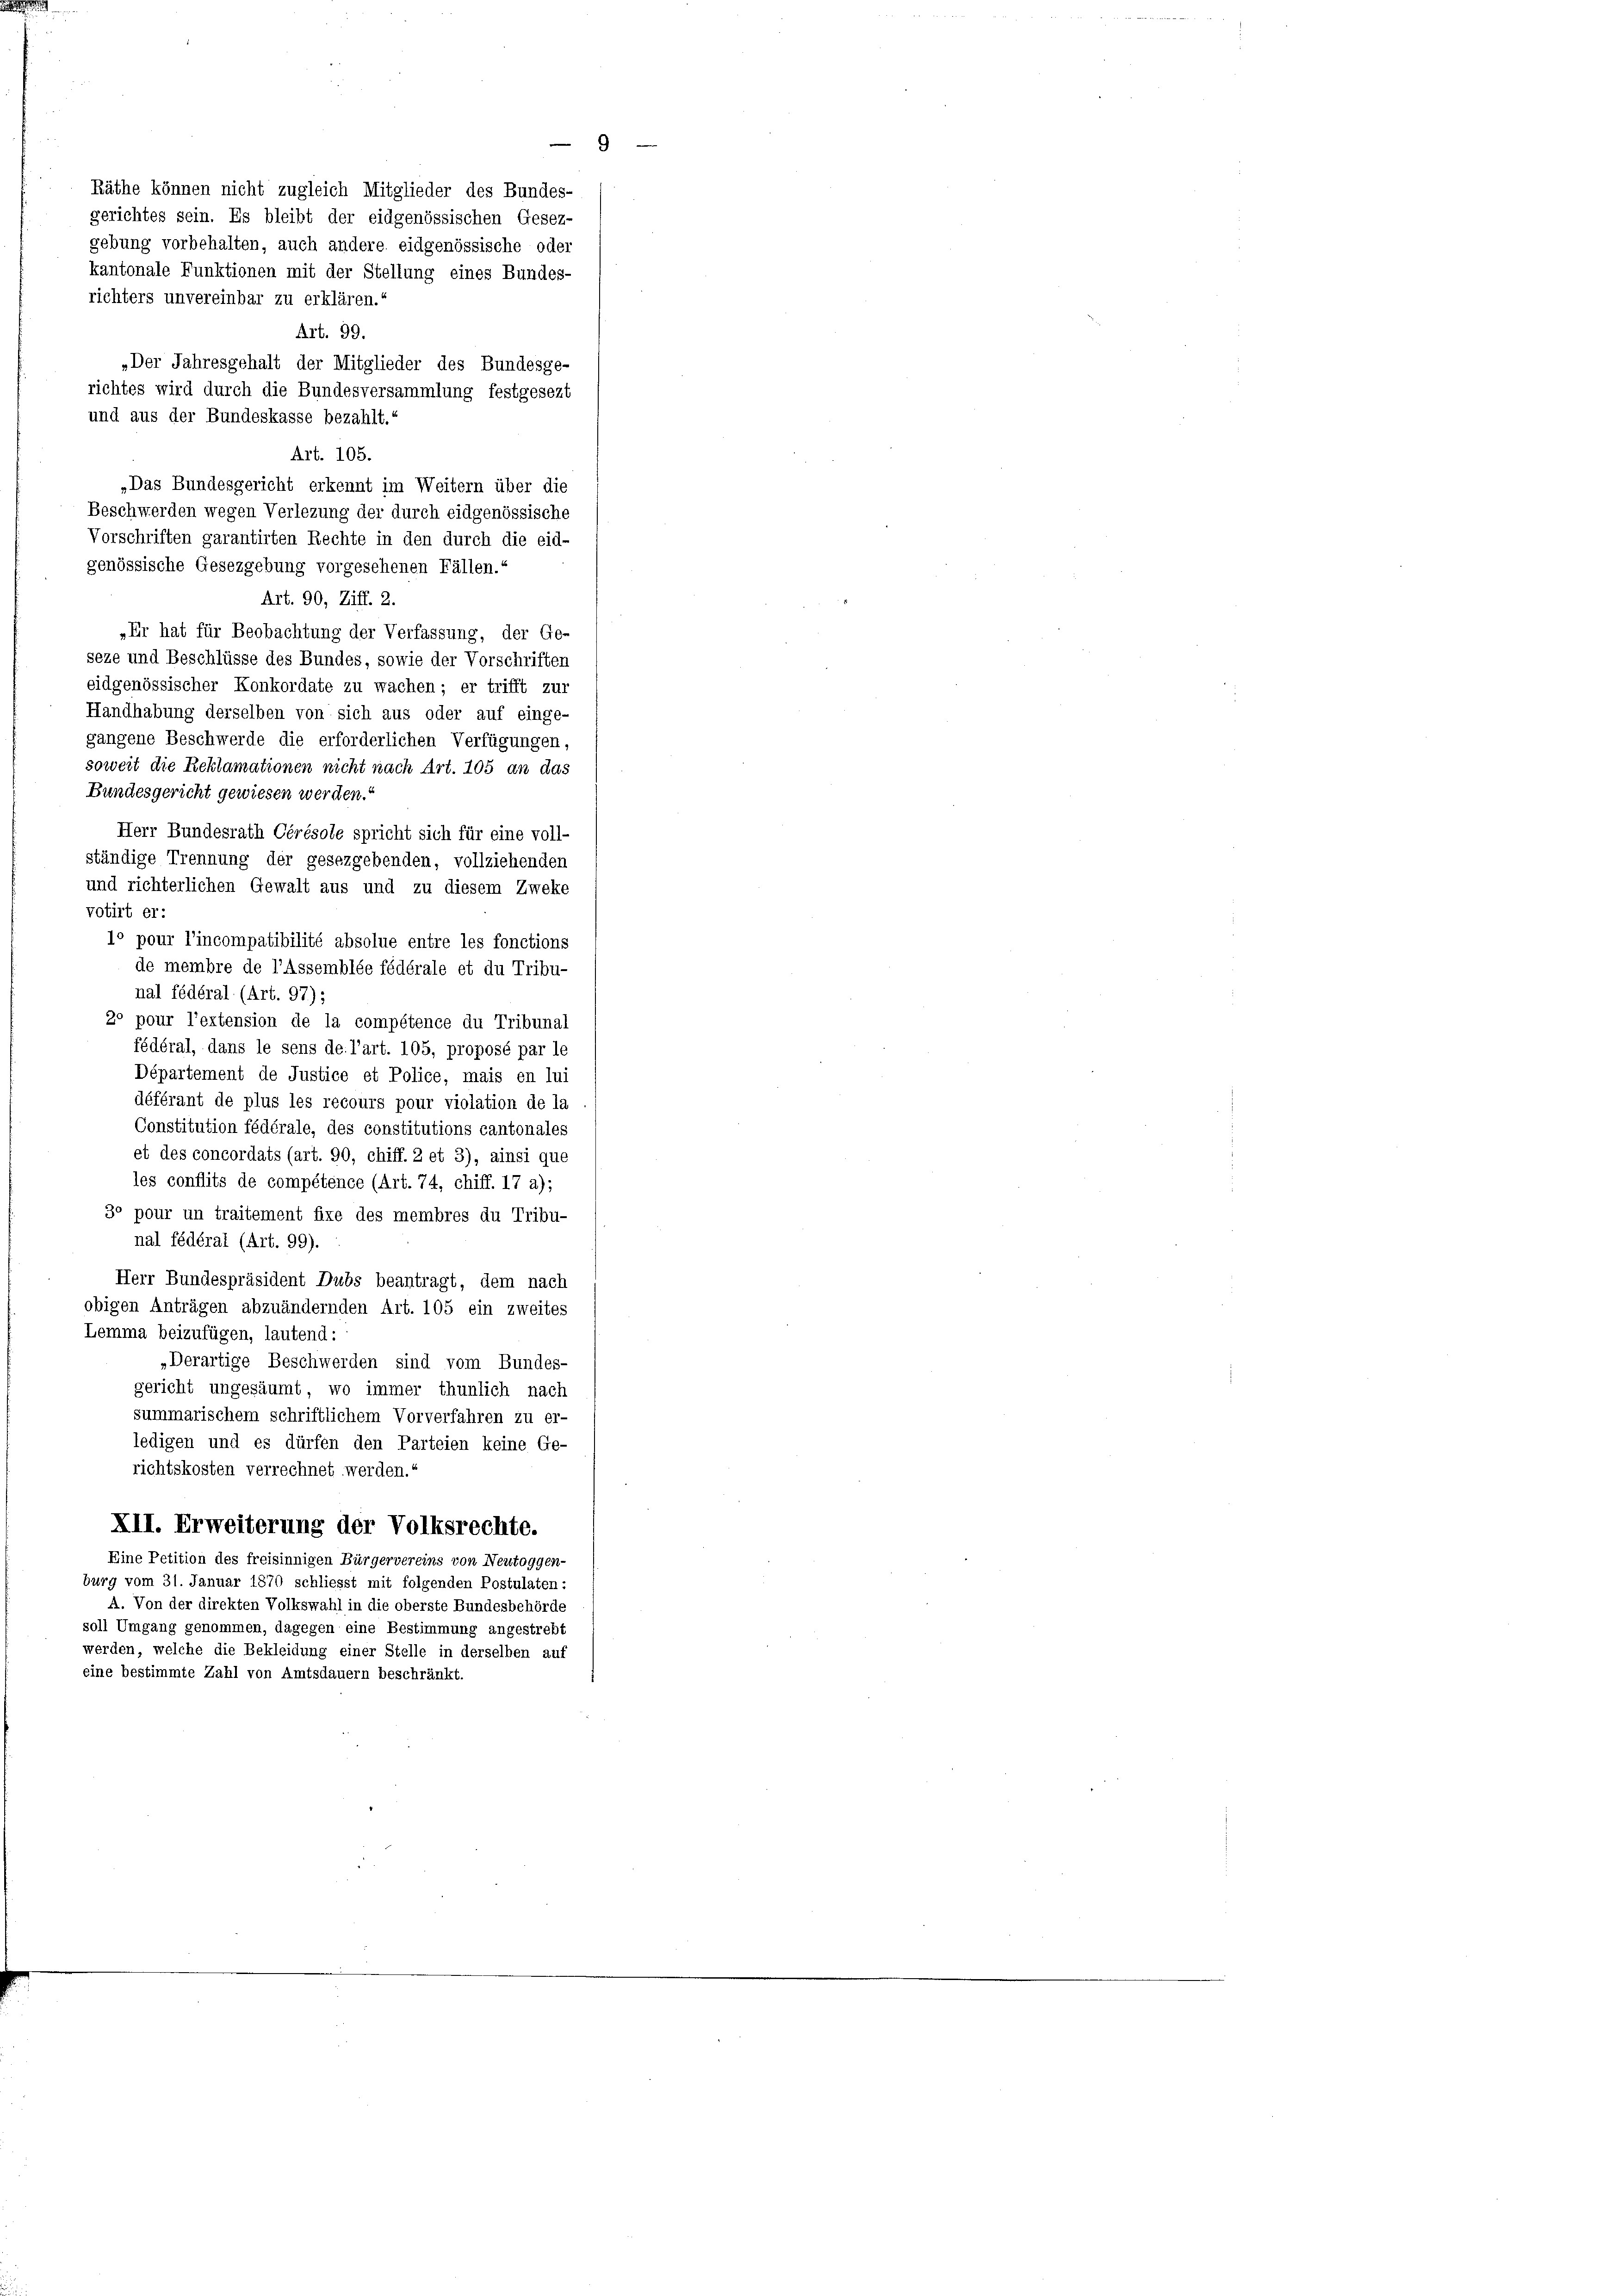
Räthe können nicht zugleich Mitglieder des Bundes-
gerichtes sein. Es bleibt der eidgenössischen Gesez-
gebung vorbehalten, auch andere eidgenössische oder
kantonale Funktionen mit der Stellung eines Bundes-
richters unvereinbar zu erklären.“
Art. 99.
„Der Jahresgehalt der Mitglieder des Bundesge-
richtes wird durch die Bundesversammlung festgesezt
und aus der Bundeskasse bezahlt.“
Art. 105.
„Das Bundesgericht erkennt im Weitern über die
Beschwerden wegen Verlegung der durch eidgenössische
Vorschriften garantirten Rechte in den durch die eid-
genössische Gesezgebung vorgesehenen Fällen.
Art. 90, Ziff. 2.
„Er hat für Beobachtung der Verfassung, der Ge-
seze und Beschlüsse des Bundes, sowie der Vorschriften
eidgenössischer Konkordate zu wachen; er trifft zur
Handhabung derselben von sich aus oder auf einge-
gangene Beschwerde die erforderlichen Verfügungen,
soweit die Reklamationen nicht nach Art. 105 an das
Bundesgericht gewiesen werden.“
Herr Bundesrath Cérésole spricht sich für eine voll-
ständige Trennung der gesezgebenden, vollziehenden
und richterlichen Gewalt aus und zu diesem Zweke
votirt er-
1° pour l’incompatibilité absolue entre les fonctions
de membre de l’assemblée fédérale et du Tribu
nal fédéral (Art. 97);
2° pour l’extension de la compétence du Tribunal
fédéral, dans le sens de l’art. 105, proposé par le
Département de Justice et Police, mais en lui
déférant de plus les recours pour violation de la
Constitution fédérale, des constitutions cantonales
et des concordats (art. 90, chiff. 2 et 3), ainsi que
les conflits de compétence (Art. 74, chiff. 17 a);
3° pour un traitement fixe des membres du Tribu-
nal fédérat (Art. 99).
Herr Bundespräsident Dubs beantragt, dem nach
obigen Anträgen abzuändernden Art. 105 ein zweites
Lemma beizufügen, lautend:
„Derartige Beschwerden sind vom Bundes-
gericht ungesäumt, wo immer thunlich nach
summarischem schriftlichem Vorverfahren zu er-
ledigen und es dürfen den Parteien keine Ge-
richtskosten verrechnet werden.“
XII. Erweiterung der Volksrechte.
Eine Petition des freisinnigen Bürgervereins von Neutoggen-
burg vom 31. Januar 1870 schliesst mit folgenden Postulaten:
A. Von der direkten Volkswahl in die oberste Bundesbehörde
soll Umgang genommen, dagegen eine Bestimmung angestrebt
werden, welche die Bekleidung einer Stelle in derselben auf
eine bestimmte Zahl von Amtsdauern beschränkt.

C